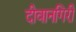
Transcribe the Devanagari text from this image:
दीवानगिरी